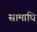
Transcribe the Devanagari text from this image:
सामाधि